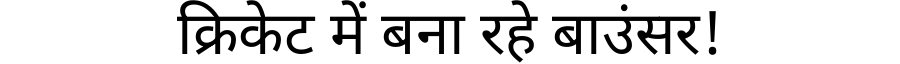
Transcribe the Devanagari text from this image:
क्रिकेट में बना रहे बाउंसर!